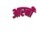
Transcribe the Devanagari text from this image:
आरनी